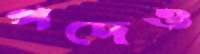
পদেও